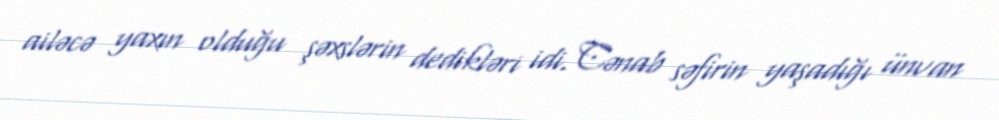
ailəcə yaxın olduğu şəxslərin dedikləri idi. Cənab səfirin yaşadığı ünvan